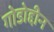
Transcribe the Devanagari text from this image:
गोडोद्दीन